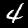
Label: 4